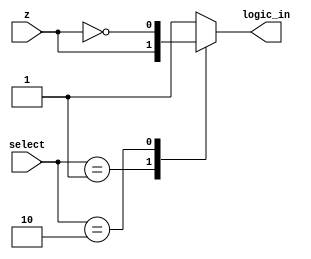
module mux2_control_unit(
	input z,
	input [1:0] select,
	output reg logic_in
);
	
always @(z or select)
	begin
		case(select)
			0:logic_in=1;
			1:logic_in=z;
			2:logic_in=~z;
			default:logic_in= 1;
		endcase
	end
				  
endmodule